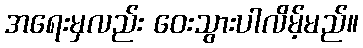
အရေးမှလည်း ဝေးသွားပါလိမ့်မည်။